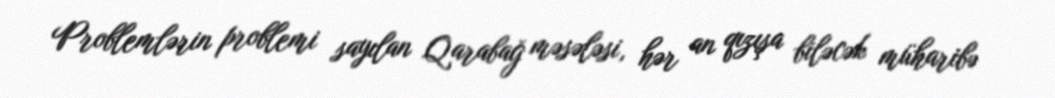
Problemlərin problemi sayılan Qarabağ məsələsi, hər an qızışa biləcək müharibə